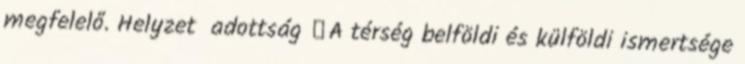
megfelelő. Helyzet adottság ▪A térség belföldi és külföldi ismertsége